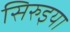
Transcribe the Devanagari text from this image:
सिरुइया